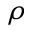
\rho